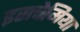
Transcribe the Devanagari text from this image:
इसचेमिया